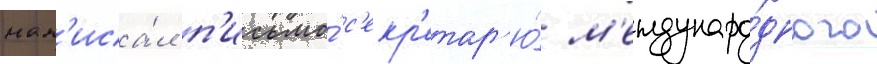
нап'иса́л п'исьмо́ с'екр'етар'ю́ м'еждунаро́дного